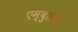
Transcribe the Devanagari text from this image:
एम्बुलेंसों